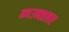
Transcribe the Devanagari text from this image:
काउन्सलर